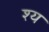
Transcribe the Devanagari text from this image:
श्य